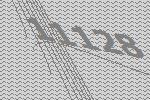
11128